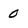
Character: 0